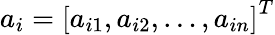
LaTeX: a_{i}=\left[a_{i1},a_{i2},\ldots,a_{in}\right]^{T}